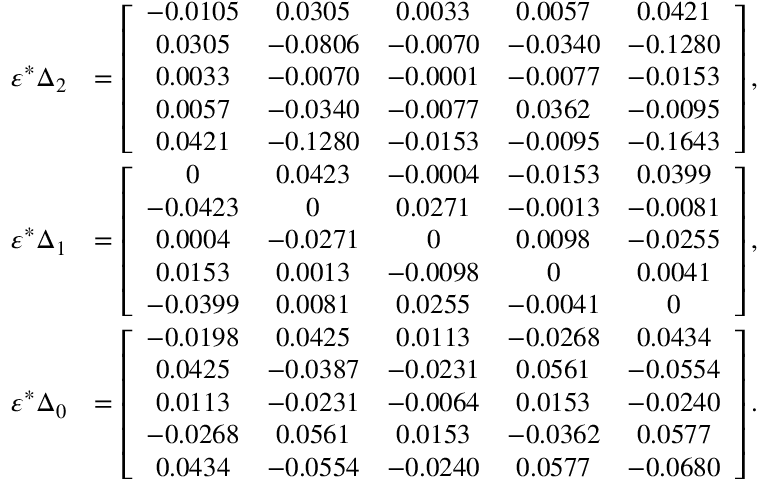
\begin{array} { r l } { \varepsilon ^ { * } \Delta _ { 2 } } & { = \left[ \begin{array} { c c c c c } { - 0 . 0 1 0 5 } & { 0 . 0 3 0 5 } & { 0 . 0 0 3 3 } & { 0 . 0 0 5 7 } & { 0 . 0 4 2 1 } \\ { 0 . 0 3 0 5 } & { - 0 . 0 8 0 6 } & { - 0 . 0 0 7 0 } & { - 0 . 0 3 4 0 } & { - 0 . 1 2 8 0 } \\ { 0 . 0 0 3 3 } & { - 0 . 0 0 7 0 } & { - 0 . 0 0 0 1 } & { - 0 . 0 0 7 7 } & { - 0 . 0 1 5 3 } \\ { 0 . 0 0 5 7 } & { - 0 . 0 3 4 0 } & { - 0 . 0 0 7 7 } & { 0 . 0 3 6 2 } & { - 0 . 0 0 9 5 } \\ { 0 . 0 4 2 1 } & { - 0 . 1 2 8 0 } & { - 0 . 0 1 5 3 } & { - 0 . 0 0 9 5 } & { - 0 . 1 6 4 3 } \end{array} \right] , } \\ { \varepsilon ^ { * } \Delta _ { 1 } } & { = \left[ \begin{array} { c c c c c } { 0 } & { 0 . 0 4 2 3 } & { - 0 . 0 0 0 4 } & { - 0 . 0 1 5 3 } & { 0 . 0 3 9 9 } \\ { - 0 . 0 4 2 3 } & { 0 } & { 0 . 0 2 7 1 } & { - 0 . 0 0 1 3 } & { - 0 . 0 0 8 1 } \\ { 0 . 0 0 0 4 } & { - 0 . 0 2 7 1 } & { 0 } & { 0 . 0 0 9 8 } & { - 0 . 0 2 5 5 } \\ { 0 . 0 1 5 3 } & { 0 . 0 0 1 3 } & { - 0 . 0 0 9 8 } & { 0 } & { 0 . 0 0 4 1 } \\ { - 0 . 0 3 9 9 } & { 0 . 0 0 8 1 } & { 0 . 0 2 5 5 } & { - 0 . 0 0 4 1 } & { 0 } \end{array} \right] , } \\ { \varepsilon ^ { * } \Delta _ { 0 } } & { = \left[ \begin{array} { c c c c c } { - 0 . 0 1 9 8 } & { 0 . 0 4 2 5 } & { 0 . 0 1 1 3 } & { - 0 . 0 2 6 8 } & { 0 . 0 4 3 4 } \\ { 0 . 0 4 2 5 } & { - 0 . 0 3 8 7 } & { - 0 . 0 2 3 1 } & { 0 . 0 5 6 1 } & { - 0 . 0 5 5 4 } \\ { 0 . 0 1 1 3 } & { - 0 . 0 2 3 1 } & { - 0 . 0 0 6 4 } & { 0 . 0 1 5 3 } & { - 0 . 0 2 4 0 } \\ { - 0 . 0 2 6 8 } & { 0 . 0 5 6 1 } & { 0 . 0 1 5 3 } & { - 0 . 0 3 6 2 } & { 0 . 0 5 7 7 } \\ { 0 . 0 4 3 4 } & { - 0 . 0 5 5 4 } & { - 0 . 0 2 4 0 } & { 0 . 0 5 7 7 } & { - 0 . 0 6 8 0 } \end{array} \right] . } \end{array}